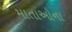
માતાઓના